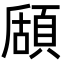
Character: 𩓃